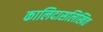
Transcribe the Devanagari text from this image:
कालिदासलिखित